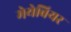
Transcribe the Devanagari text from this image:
मेयेबियर